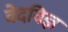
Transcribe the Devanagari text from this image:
वेदविज्ञ